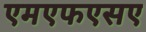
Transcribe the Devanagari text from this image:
एमएफएसए